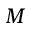
M